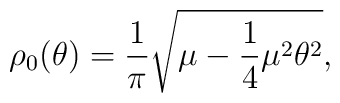
\rho _0(\theta )=\frac{1}{\pi}\sqrt{\mu-\frac{1}{4}\mu ^2\theta ^2},